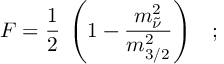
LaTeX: F = \frac { 1 } { 2 } \: \left( 1 - \frac { m _ { \tilde { \nu } } ^ { 2 } } { m _ { 3 / 2 } ^ { 2 } } \right) \; \; \; ;